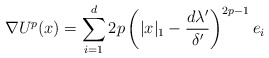
\begin{align*} \nabla U^p(x) = \sum_{i = 1}^d 2p\left(|x|_1 - \frac{d\lambda'}{\delta'}\right)^{2p-1}e_i \end{align*}